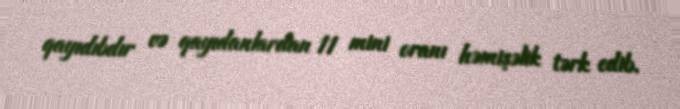
qayıdıbdır və qayıdanlardan 11 mini oranı həmişəlik tərk edib.